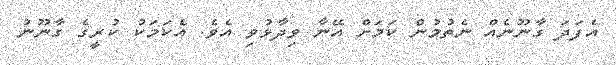
އެފަދަ ގާނޫނެއް ނެތުމުން ކަމަށް އޭނާ ވިދާޅުވި އެވެ. އެކަމަކު ކުރީގެ ގާނޫނު